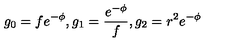
g _ { 0 } = f e ^ { - \phi } , g _ { 1 } = \frac { e ^ { - \phi } } { f } , g _ { 2 } = r ^ { 2 } e ^ { - \phi }